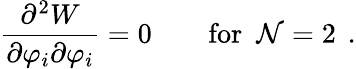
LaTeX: \frac{\partial^{2}{W}}{\partial\varphi_{i}\partial\varphi_{i}}=0\qquad\mathrm{for~{\cal~N}=2~}\, .